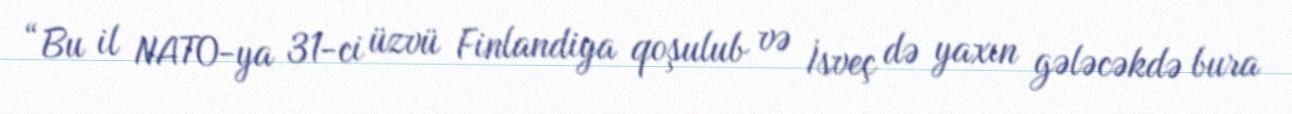
“Bu il NATO-ya 31-ci üzvü Finlandiya qoşulub və İsveç də yaxın gələcəkdə bura